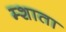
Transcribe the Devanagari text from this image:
म्शाता